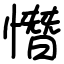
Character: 憯